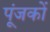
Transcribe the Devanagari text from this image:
पूंजकों